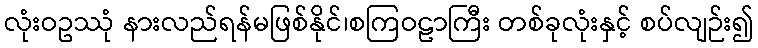
လုံးဝဥဿုံ နားလည်ရန်မဖြစ်နိုင်၊စကြဝဠာကြီး တစ်ခုလုံးနှင့် စပ်လျဉ်း၍